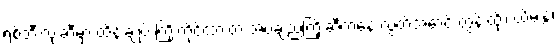
ရစ်ဘီးလုံးဆီမှာ ထိန်းချုပ် ကြိုးကိုင်ထားတဲ့ အပ်ချည်ကြိုးဆီကနေ လွတ်အောင် တွန်းထိုး၊ ယိမ်းနွဲ့၊